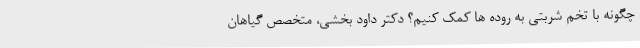
چگونه با تخم شربتی به روده ها کمک کنیم؟ دکتر داود بخشی، متخصص گیاهان